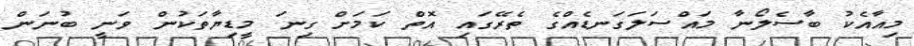
މިއާއެކު ބާސެލޯނާ މައްސަލަގަނޑެއްގެ ތެރޭގައި އޮތް ކަމަށް ގިނަ މީޑިޔާތަކުން ވަނީ ބުނަން